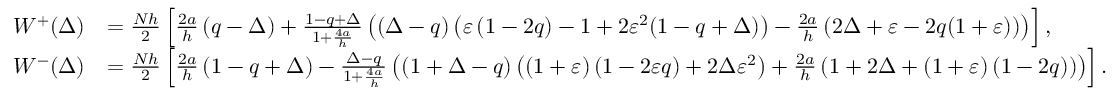
\begin{array} { r l } { W ^ { + } ( \Delta ) } & { = \frac { N h } { 2 } \left[ \frac { 2 a } { h } \left( q - \Delta \right) + \frac { 1 - q + \Delta } { 1 + \frac { 4 a } { h } } \left( \left( \Delta - q \right) \left( \varepsilon \left( 1 - 2 q \right) - 1 + 2 \varepsilon ^ { 2 } ( 1 - q + \Delta ) \right) - \frac { 2 a } { h } \left( 2 \Delta + \varepsilon - 2 q ( 1 + \varepsilon ) \right) \right) \right] , } \\ { W ^ { - } ( \Delta ) } & { = \frac { N h } { 2 } \left[ \frac { 2 a } { h } \left( 1 - q + \Delta \right) - \frac { \Delta - q } { 1 + \frac { 4 a } { h } } \left( \left( 1 + \Delta - q \right) \left( \left( 1 + \varepsilon \right) \left( 1 - 2 \varepsilon q \right) + 2 \Delta \varepsilon ^ { 2 } \right) + \frac { 2 a } { h } \left( 1 + 2 \Delta + \left( 1 + \varepsilon \right) \left( 1 - 2 q \right) \right) \right) \right] . } \end{array}